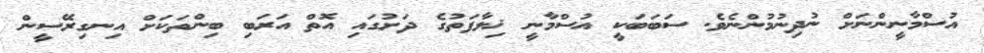
އުސްމާނީންނަށް ނުދިނުމުންނެވެ. ސަބަބަކީ އުސްމާނީ ޚިލާފަތުގެ ދަށުގައި އޮތް އަރަބި ބިންތަކަށް އިނގިރޭސީން